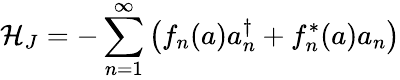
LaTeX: {\cal H}_{J}=-\sum_{n=1}^{\infty}\left(f_{n}(a)a_{n}^{\dagger}+f_{n}^{*}(a)a_{n}\right)